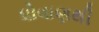
ધોવાણથી